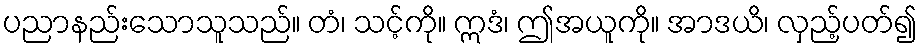
ပညာနည်းသောသူသည်။ တံ၊ သင့်ကို။ ဣဒံ၊ ဤအယူကို။ အာဒယိ၊ လှည့်ပတ်၍